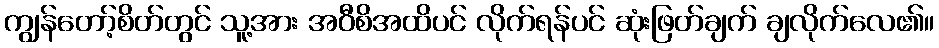
ကျွန်တော့်စိတ်တွင် သူ့အား အဝီစိအထိပင် လိုက်ရန်ပင် ဆုံးဖြတ်ချက် ချလိုက်လေ၏။